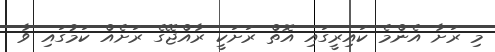
މި ރަށާ އެންމެ ކައިރީގައި އޮތް ރަށަކީ ރާއްޖޭގެ ރަށެއް ކަމުގައި ވާ